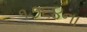
૧૭૬૪ના